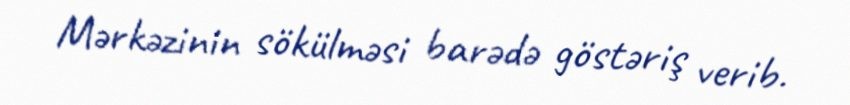
Mərkəzinin sökülməsi barədə göstəriş verib.